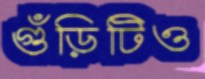
গুঁড়িটিও